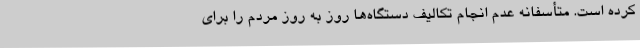
کرده است. متأسفانه عدم انجام تکالیف دستگاه‌ها روز به روز مردم را برای